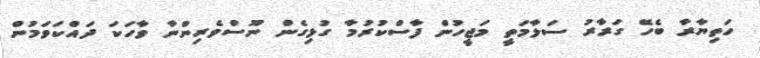
ހަތިޔާރާ ބެހޭ ގަރާރު ސަލާމަތީ މަޖީހުން ފާސްކުރުމާ ގުޅިގެން ނޫސްވެރިންނާ ވާހަކަ ދައްކަވަމުން